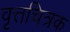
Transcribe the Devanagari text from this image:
वृत्तचित्रक